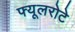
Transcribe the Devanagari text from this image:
फ्यूलरोटे